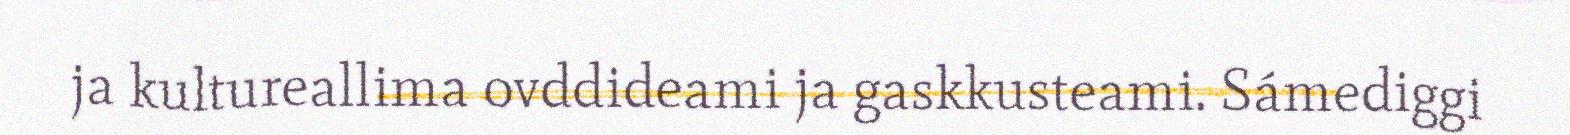
ja kultureallima ovddideami ja gaskkusteami. Sámediggi